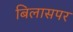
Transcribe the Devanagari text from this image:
बिलासपर